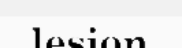
lesion